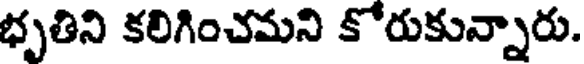
భృతిని కలిగించమని కోరుకున్నారు.